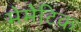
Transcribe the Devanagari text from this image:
मेमेटिक